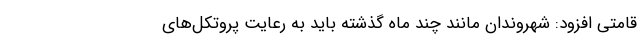
قامتی افزود: شهروندان مانند چند ماه گذشته باید به رعایت پروتکل‌های